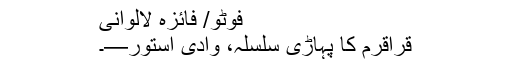
فوٹو/ فائزہ لالوانی
قراقرم کا پہاڑی سلسلہ، وادی استور—۔